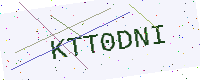
Text: KTT0DNI